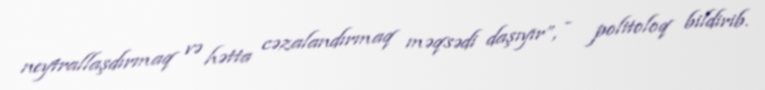
neytrallaşdırmaq və hətta cəzalandırmaq məqsədi daşıyır”, - politoloq bildirib.